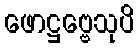
ဖောဋ္ဌဗ္ဗေသုပိ